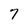
Character: 7